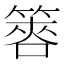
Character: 𥰫